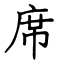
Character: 席